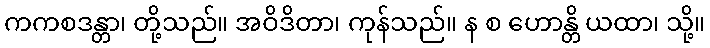
ကကစဒန္တာ၊ တို့သည်။ အဝိဒိတာ၊ ကုန်သည်။ န စ ဟောန္တိ ယထာ၊ သို့။